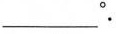
___ °$$.